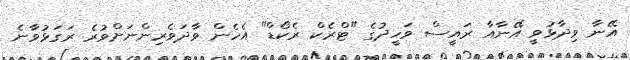
އޭނާ ވިދާޅުވީ އޭނާއާ ރައީސް ވަހީދުގެ "ޓްރެކް ރެކޯޑް" އެހެން ވާދަވެރިންނަށްވުރެ ރަގަޅުވާނެ